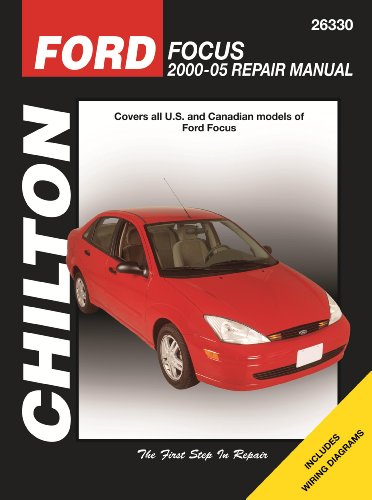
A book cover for Ford Focus: 2000 through 2005 (Chilton's Total Car Care Repair Manuals); Jay Storer; Engineering & Transportation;